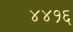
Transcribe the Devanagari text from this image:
४४१६